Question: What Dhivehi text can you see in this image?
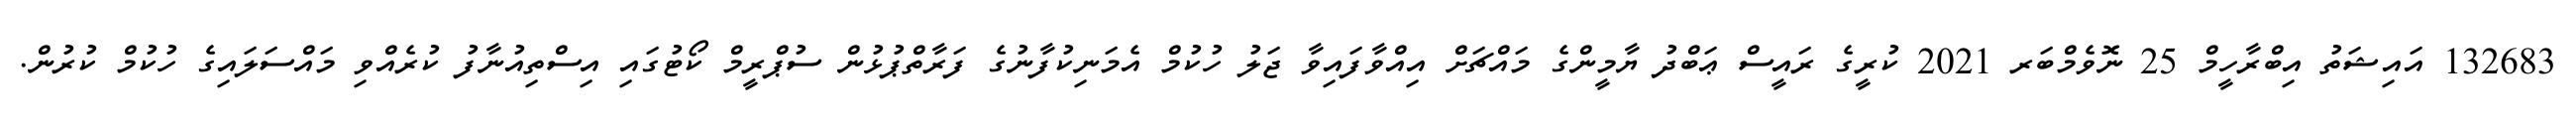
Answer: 132683 އައިޝަތު އިބްރާހީމް 25 ނޮވެމްބަރ 2021 ކުރީގެ ރައީސް ޢަބްދު ޔާމީންގެ މައްޗަށް އިއްވާފައިވާ ޖަލު ހުކުމް އެމަނިކުފާނުގެ ފަރާތްޕުޅުން ސުޕްރީމް ކޯޓުގައި އިސްތިއުނާފު ކުރެއްވި މައްސަލައިގެ ހުކުމް ކުރުން.